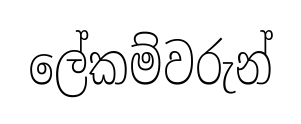
ලේකම්වරුන්